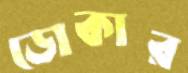
ডোকার